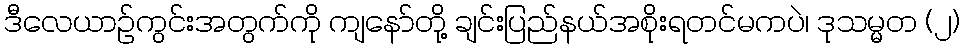
ဒီလေယာဉ်ကွင်းအတွက်ကို ကျနော်တို့ ချင်းပြည်နယ်အစိုးရတင်မကပဲ၊ ဒုသမ္မတ (၂)